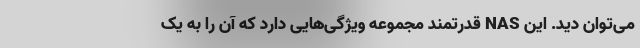
می‌توان دید. این NAS قدرتمند مجموعه ویژگی‌هایی دارد که آن را به یک